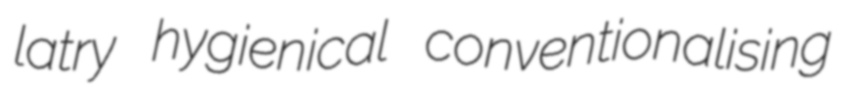
latry hygienical conventionalising